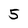
Character: 5